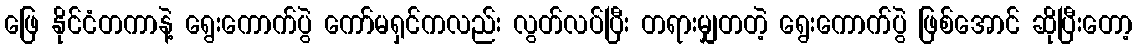
ဖြေ နိုင်ငံတကာနဲ့ ရွေးကောက်ပွဲ ကော်မရှင်ကလည်း လွတ်လပ်ပြီး တရားမျှတတဲ့ ရွေးကောက်ပွဲ ဖြစ်အောင် ဆိုပြီးတော့